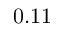
0 . 1 1